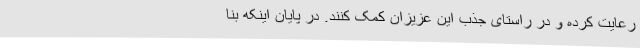
رعایت کرده و در راستای جذب این عزیزان کمک کنند. در پایان اینکه بنا